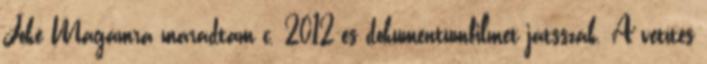
Joke Magamra maradtam c. 2012-es dokumentumfilmet játsszák. A vetítés